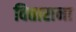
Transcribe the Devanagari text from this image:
विताराना